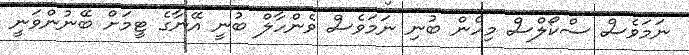
ނަމަވެސް ސްކޯލްސް މިހެން ބުނި ނަމަވެސް ވެންހާލް ބުނީ އޭނާގެ ޓީމަށް ބޭނުންވަނީ